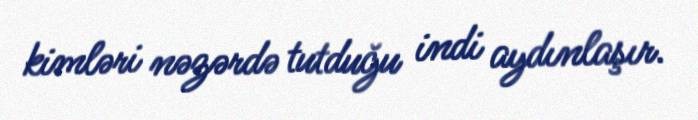
kimləri nəzərdə tutduğu indi aydınlaşır.